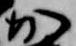
加